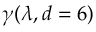
\gamma ( \lambda , d = 6 )